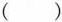
( )